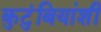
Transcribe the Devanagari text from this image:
कुटुंबियांशी